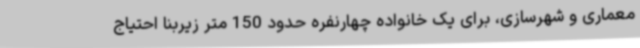
معماری و شهرسازی، برای یک خانواده چهارنفره حدود 150 متر زیربنا احتیاج